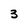
Character: 3